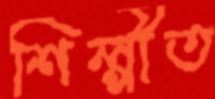
শিল্পীত